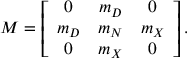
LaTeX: { \cal M } = \left[ \begin{array} { c c c } { { 0 } } & { { m _ { D } } } & { { 0 } } \\ { { m _ { D } } } & { { m _ { N } } } & { { m _ { X } } } \\ { { 0 } } & { { m _ { X } } } & { { 0 } } \end{array} \right] .